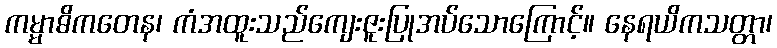
ကမ္မာဓိကတေန၊ ကံအထူးသည်ကျေးဇူးပြုအပ်သောကြောင့်။ နေရယိကသတ္တာ၊